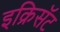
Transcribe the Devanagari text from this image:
इक्रिसॅट